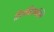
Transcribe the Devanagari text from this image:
तिरुच्चिरापल्लि